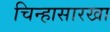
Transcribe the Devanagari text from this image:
चिन्हासारखा